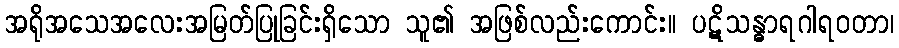
အရိုအသေအလေးအမြတ်ပြုခြင်းရှိသော သူ၏ အဖြစ်လည်းကောင်း။ ပဋိသန္ဓာရဂါရဝတာ၊